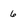
Character: 6